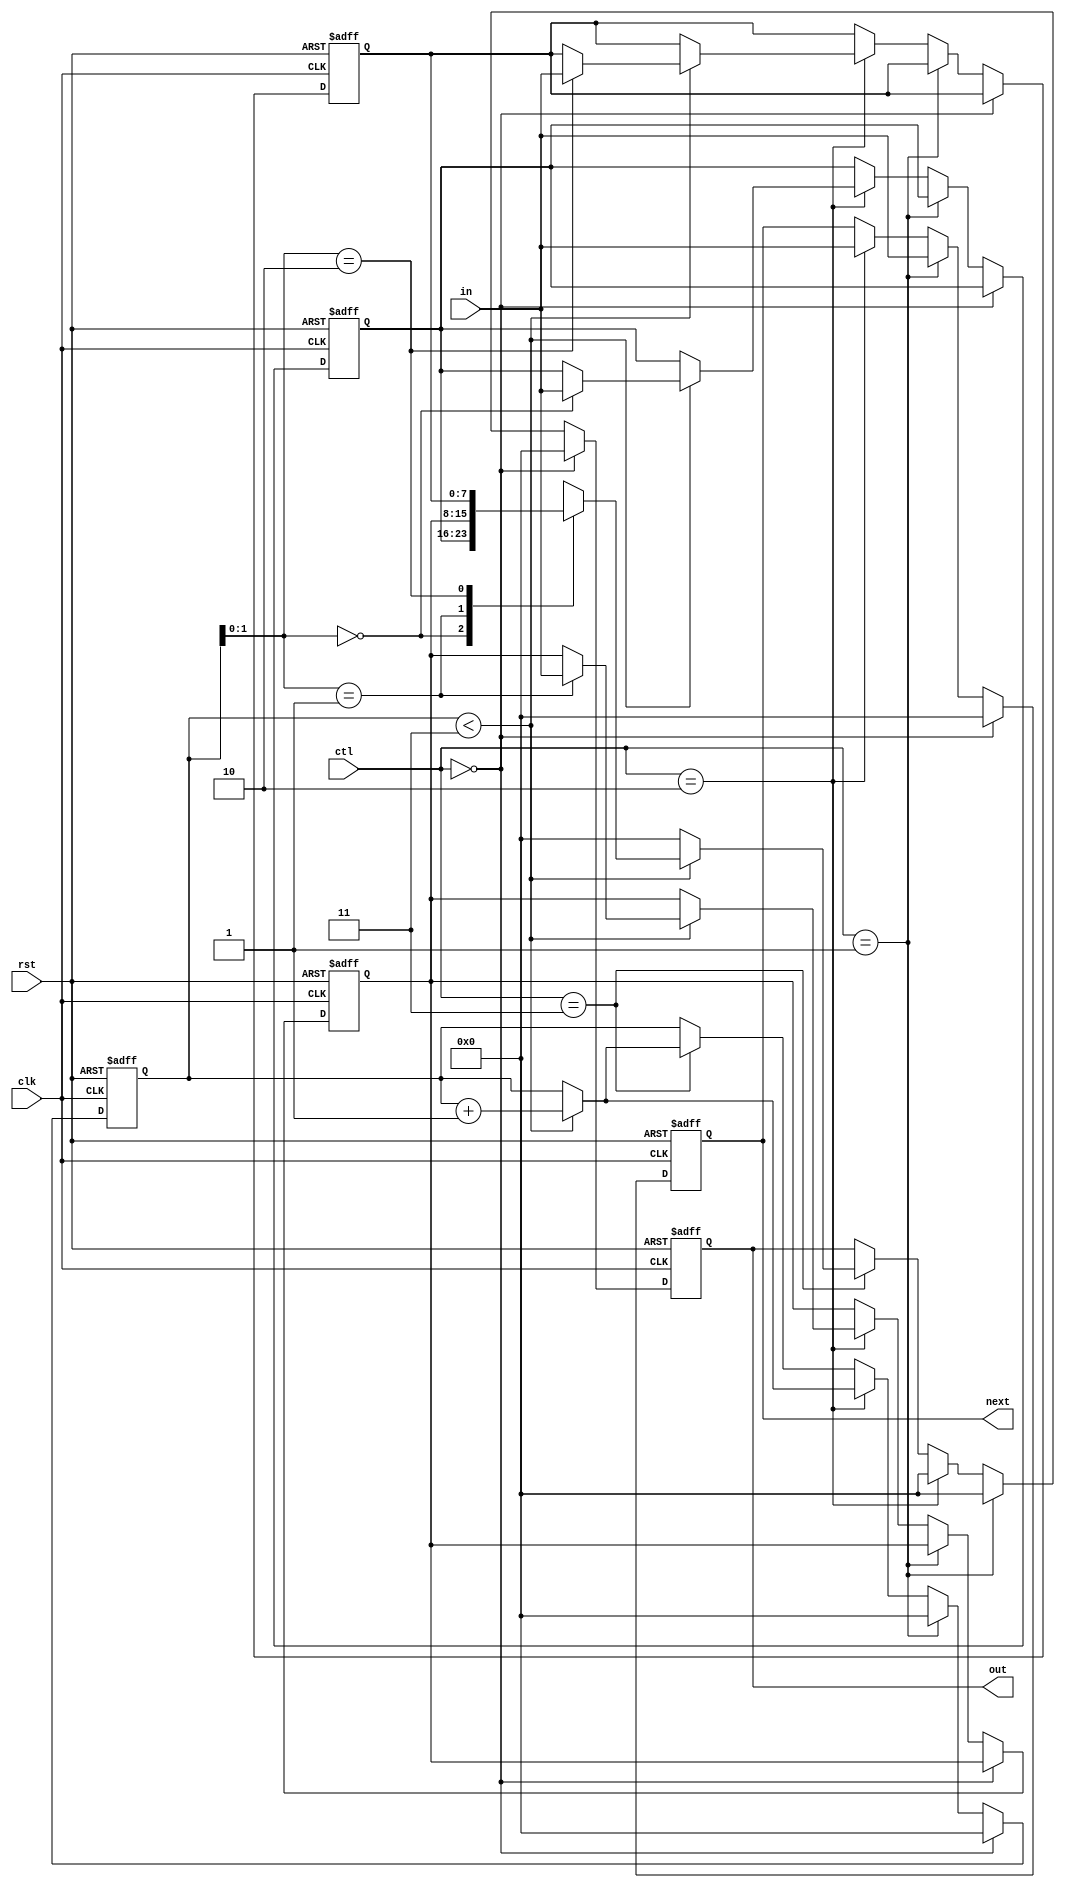
module IB(clk,rst,ctl,in,out,next);
parameter width=8;  // Width of a data.
parameter vector=3; // Size of the buffer.

input clk,rst;
input[1:0] ctl; // Control signal: 2 bits.
input[width-1:0] in; // Buffer input: 1 data, width = param "width"..
output reg[width-1:0] out; // Buffer output: 1 data, width = param "width". Connects to the PE.
output reg[width-1:0] next; // Buffer next output: 1 data, width = param "width". Connects to the next buffer.

reg[width-1:0] buffer[vector-1:0];

reg[7:0] i;

reg[7:0] addr;

always@(posedge clk or negedge rst)begin
	if(~rst)begin
		for(i=0;i<vector;i=i+1)begin
			buffer[i]<=0;
		end
		out<=0;
		next<=0;
		addr<=0;
	end
	else begin
		if(ctl==0)begin   // Idle.
			addr<=0;
			next<=0;
			out<=0;
		end
		else if(ctl==1)begin  // Send data to the next buffer.
			addr<=0;
			next<=in;
			out<=0;
		end
		else if(ctl==2)begin //  Send data to the next buffer./ Store the inputs to this buffer.
			next<=in;
			if(addr<vector)begin
				buffer[addr]<=in;
				addr<=addr+1;
			end			
			out<=0;
		end
		else if(ctl==3)begin // Output the data in the buffer to the connected PE.
			if(addr<vector)begin
				out<=buffer[addr];
				addr<=addr+1;
			end
			else begin
				out<=0;
			end
		end
	end
end

endmodule